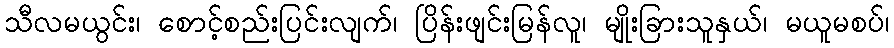
သီလမယွင်း၊ စောင့်စည်းပြင်းလျက်၊ ပြိန်းဖျင်းမြန်လူ၊ မျိုးခြားသူနှယ်၊ မယူမစပ်၊